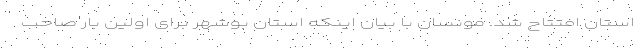
استان افتتاح شد. مونسان با بیان اینکه استان بوشهر برای اولین بار صاحب